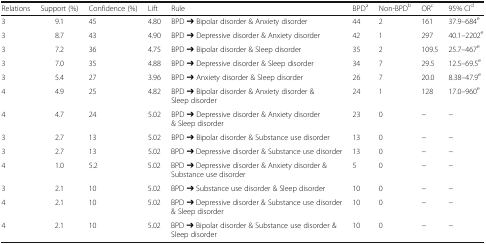
<table><thead><tr><td><b>Relations</b></td><td><b>Support (%)</b></td><td><b>Confidence (%)</b></td><td><b>Lift</b></td><td><b>Rule</b></td><td><b>BPD<sup>a</sup></b></td><td><b>Non-BPD<sup>b</sup></b></td><td><b>OR<sup>c</sup></b></td><td><b>95% CI<sup>d</sup></b></td></tr></thead><tbody><tr><td>3</td><td>9.1</td><td>45</td><td>4.80</td><td>BPD ➔ Bipolar disorder &amp; Anxiety disorder</td><td>44</td><td>2</td><td>161</td><td>37.9–684<sup>e</sup></td></tr><tr><td>3</td><td>8.7</td><td>43</td><td>4.90</td><td>BPD ➔ Depressive disorder &amp; Anxiety disorder</td><td>42</td><td>1</td><td>297</td><td>40.1–2202<sup>e</sup></td></tr><tr><td>3</td><td>7.2</td><td>36</td><td>4.75</td><td>BPD ➔ Bipolar disorder &amp; Sleep disorder</td><td>35</td><td>2</td><td>109.5</td><td>25.7–467<sup>e</sup></td></tr><tr><td>3</td><td>7.0</td><td>35</td><td>4.88</td><td>BPD ➔ Depressive disorder &amp; Sleep disorder</td><td>34</td><td>7</td><td>29.5</td><td>12.5–69.5<sup>e</sup></td></tr><tr><td>3</td><td>5.4</td><td>27</td><td>3.96</td><td>BPD ➔ Anxiety disorder &amp; Sleep disorder</td><td>26</td><td>7</td><td>20.0</td><td>8.38–47.9<sup>e</sup></td></tr><tr><td>4</td><td>4.9</td><td>25</td><td>4.82</td><td>BPD ➔ Bipolar disorder &amp; Anxiety disorder &amp; Sleep disorder</td><td>24</td><td>1</td><td>128</td><td>17.0–960<sup>e</sup></td></tr><tr><td>4</td><td>4.7</td><td>24</td><td>5.02</td><td>BPD ➔ Depressive disorder &amp; Anxiety disorder &amp; Sleep disorder</td><td>23</td><td>0</td><td>−</td><td>−</td></tr><tr><td>3</td><td>2.7</td><td>13</td><td>5.02</td><td>BPD ➔ Bipolar disorder &amp; Substance use disorder</td><td>13</td><td>0</td><td>−</td><td>−</td></tr><tr><td>3</td><td>2.7</td><td>13</td><td>5.02</td><td>BPD ➔ Depressive disorder &amp; Substance use disorder</td><td>13</td><td>0</td><td>−</td><td>−</td></tr><tr><td>4</td><td>1.0</td><td>5.2</td><td>5.02</td><td>BPD ➔ Depressive disorder &amp; Anxiety disorder &amp; Substance use disorder</td><td>5</td><td>0</td><td>−</td><td>−</td></tr><tr><td>3</td><td>2.1</td><td>10</td><td>5.02</td><td>BPD ➔ Substance use disorder &amp; Sleep disorder</td><td>10</td><td>0</td><td>−</td><td>−</td></tr><tr><td>4</td><td>2.1</td><td>10</td><td>5.02</td><td>BPD ➔ Depressive disorder &amp; Substance use disorder &amp; Sleep disorder</td><td>10</td><td>0</td><td>−</td><td>−</td></tr><tr><td>4</td><td>2.1</td><td>10</td><td>5.02</td><td>BPD ➔ Bipolar disorder &amp; Substance use disorder &amp; Sleep disorder</td><td>10</td><td>0</td><td>−</td><td>−</td></tr></tbody></table>